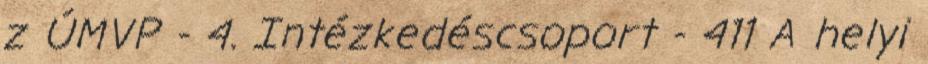
z ÚMVP - 4. Intézkedéscsoport - 411 A helyi